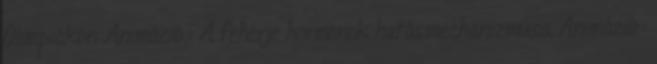
Olimpiákon Animáció : A fehérje hormonok hatásmechanizmusa Animáció :